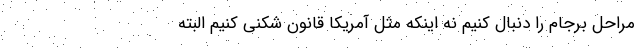
مراحل برجام را دنبال کنیم نه اینکه مثل آمریکا قانون شکنی کنیم البته